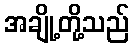
အချို့တို့သည်